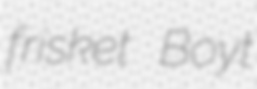
frisket Boyt